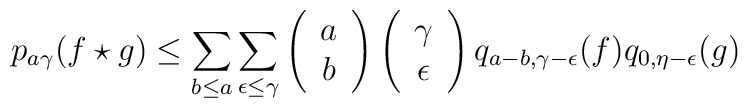
p_{a\gamma}(f\star g)\leq \sum_{b\leq a}\sum_{\epsilon\leq \gamma} \left( \begin{array}{c}	a \\	b	\end{array} \right)\left(\begin{array}{c}	\gamma \\	\epsilon	\end{array} \right) q_{a-b,\gamma-\epsilon}(f)q_{0,\eta-\epsilon}(g)